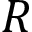
R